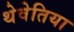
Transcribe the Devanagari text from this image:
थेवेतिया